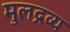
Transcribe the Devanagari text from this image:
मुलद्रव्य